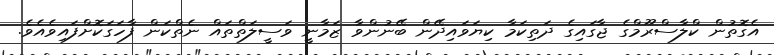
އެގޮތުން ކްލާސްރޫމްގެ ޖާގައިގެ ދަތިކަމާ ކިޔަވައިދޭން ބޭނުންވާ ޒަމާނީ ވަސީލަތްތައް ނެތްކަން ފާހަގަކޮށްފައިވެއެވެ.